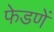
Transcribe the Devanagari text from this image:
फेडणें